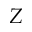
Z